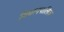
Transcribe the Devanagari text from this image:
विधानपालिक